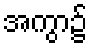
အကွာ၌